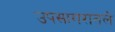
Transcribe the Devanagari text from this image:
उपसागरातले